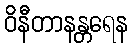
ဝိနီတာနန္တရေန